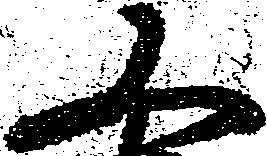
又